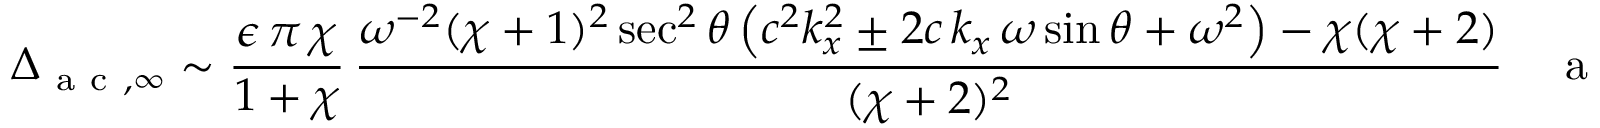
\Delta _ { \mathrm { ~ a ~ c ~ } , \infty } \sim \frac { \epsilon \, \pi \, \chi } { 1 + \chi } \, \frac { \omega ^ { - 2 } ( \chi + 1 ) ^ { 2 } \sec ^ { 2 } \theta \left( c ^ { 2 } k _ { x } ^ { 2 } \pm 2 c \, k _ { x } \, \omega \sin \theta + \omega ^ { 2 } \right) - \chi ( \chi + 2 ) } { ( \chi + 2 ) ^ { 2 } } \quad \mathrm { ~ a ~ s ~ a ~ \to ~ \infty ~ } ,